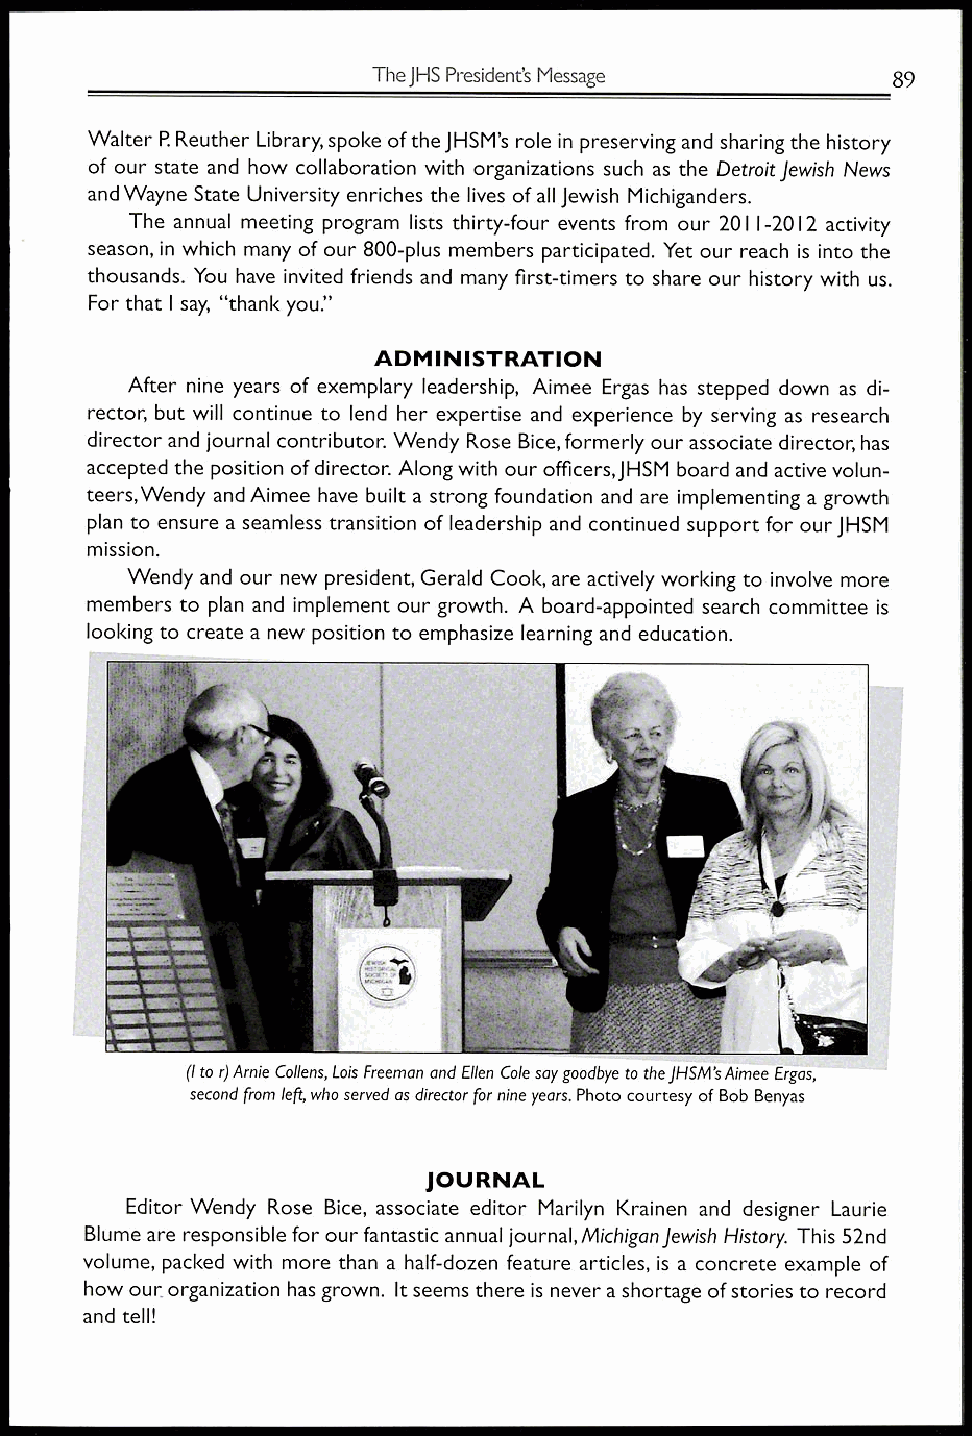
The JHS President's Message       89
 Walter P. Reuther Library, spoke of the JHSM's role in preserving and sharing the history
 of our state and how collaboration with organizations such as the Detroit Jewish News
 and Wayne State University enriches the lives of all Jewish Michiganders.
 The annual meeting program lists thirty-four events from our 2011-2012 activity
 season, in which many of our 800-plus members participated. Yet our reach is into the
 thousands. You have invited friends and many first-timers to share our history with us.
 For that I say, "thank you."
 ADMINISTRATION
 After nine years of exemplary leadership, Aimee Ergas has stepped down as di-
 rector, but will continue to lend her expertise and experience by serving as research
 director and journal contributor. Wendy Rose Bice, formerly our associate director, has
 accepted the position of director. Along with our officers, JHSM board and active volun-
 teers,Wendy and Aimee have built a strong foundation and are implementing a growth
 plan to ensure a seamless transition of leadership and continued support for our JHSM
 mission.
 Wendy and our new president, Gerald Cook, are actively working to involve more
 members to plan and implement our growth. A board-appointed search committee is
 looking to create a new position to emphasize learning and education.
 (I to r) Arnie Collens, Lois Freeman and Ellen Cole say goodbye to the JHSM's Aimee Ergas,
 second from left, who served as director for nine years. Photo courtesy of Bob Benyas
 JOURNAL
 Editor Wendy Rose Bice, associate editor Marilyn Krainen and designer Laurie
 Blume are responsible for our fantastic annual journal, Michigan Jewish History. This 52nd
 volume, packed with more than a half-dozen feature articles, is a concrete example of
 how our organization has grown. It seems there is never a shortage of stories to record
 and tell!